Indian journal of veterinary science and animal husbandry - Volumes 15-17, 1948-1951
Year: 1948
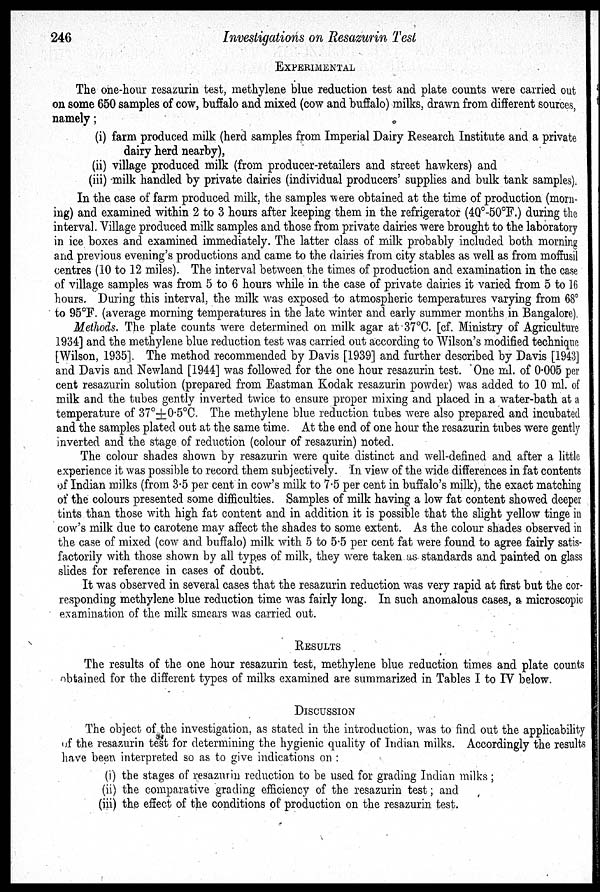
246
Investigations on Resazurin Test
EXPERIMENTAL
The one-hour resazurin test, methylene blue reduction test and plate counts were carried out
on some 650 samples of cow, buffalo and mixed (cow and buffalo) milks, drawn from different sources,
namely ;
(i) farm produced milk (herd samples from Imperial Dairy Research Institute and a private
dairy herd nearby),
(ii) village produced milk (from producer-retailers and street hawkers) and
(iii) milk handled by private dairies (individual producers' supplies and bulk tank samples).
In the case of farm produced milk, the samples were obtained at the time of production (morn-
ing) and examined within 2 to 3 hours after keeping them in the refrigerator (40º-50ºF.) during the
interval. Village produced milk samples and those from private dairies were brought to the laboratory
in ice boxes and examined immediately. The latter class of milk probably included both morning
and previous evening's productions and came to the dairies from city stables as well as from moffusil
centres (10 to 12 miles). The interval between the times of production and examination in the case
of village samples was from 5 to 6 hours while in the case of private dairies it varied from 5 to 16
hours. During this interval, the milk was exposed to atmospheric temperatures varying from 68º
to 95ºF. (average morning temperatures in the late winter and early summer months in Bangalore).
Methods. The plate counts were determined on milk agar at 37ºC. [cf. Ministry of Agriculture
1934] and the methylene blue reduction test was carried out according to Wilson's modified technique
[Wilson, 1935] The method recommended by Davis [1939] and further described by Davis [1943]
and Davis and Newland [1944] was followed for the one hour resazurin test. One ml. of 0.005 per
cent resazurin solution (prepared from Eastman Kodak resazurin powder) was added to 10 ml. of
milk and the tubes gently inverted twice to ensure proper mixing and placed in a water-bath at a
temperature of 37º±0.5ºC. The methylene blue reduction tubes were also prepared and incubated
and the samples plated out at the same time. At the end of one hour the resazurin tubes were gently
inverted and the stage of reduction (colour of resazurin) noted.
The colour shades shown by resazurin were quite distinct and well-defined and after a little
experience it was possible to record them subjectively. In view of the wide differences in fat contents
of Indian milks (from 3.5 per cent in cow's milk to 7.5 per cent in buffalo's milk), the exact matching
of the colours presented some difficulties. Samples of milk having a low fat content showed deeper
tints than those with high fat content and in addition it is possible that the slight yellow tinge in
cow's milk due to carotene may affect the shades to some extent. As the colour shades observed in
the case of mixed (cow and buffalo) milk with 5 to 5.5 per cent fat were found to agree fairly satis-
factorily with those shown by all types of milk, they were taken as standards and painted on glass
slides for reference in cases of doubt.
It was observed in several cases that the resazurin reduction was very rapid at first but the cor-
responding methylene blue reduction time was fairly long. In such anomalous cases, a microscopic
examination of the milk smears was carried out.
RESULTS
The results of the one hour resazurin test, methylene blue reduction times and plate counts
obtained for the different types of milks examined are summarized in Tables I to IV below.
DISCUSSION
The object of the investigation, as stated in the introduction, was to find out the applicability
of the resazurin test for determining the hygienic quality of Indian milks. Accordingly the results
have been interpreted so as to give indications on :
(i) the stages of resazurin reduction to be used for grading Indian milks ;
(ii) the comparative grading efficiency of the resazurin test ; and
(iii) the effect of the conditions of production on the resazurin test.